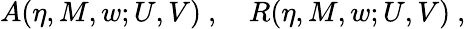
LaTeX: A(\eta,M,w;U,V)\ ,\quad R(\eta,M,w;U,V)\ ,